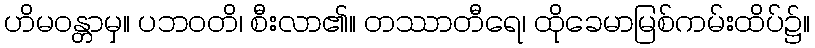
ဟိမဝန္တာမှ။ ပဘဝတိ၊ စီးလာ၏။ တဿာတီရေ၊ ထိုခေမာမြစ်ကမ်းထိပ်၌။